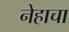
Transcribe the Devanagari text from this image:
नेहाचा